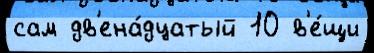
сам дв'ена́дцатый 10 в'е́щи